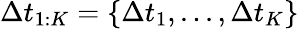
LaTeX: \Delta t_{1:K}=\left\{ \Delta t_{1},...,\Delta t_{K}\right\}